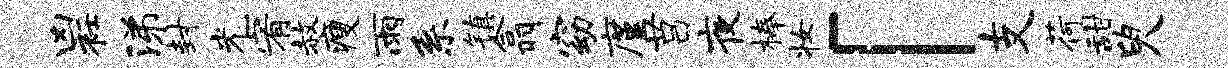
凶衽涕封光宥赦瘦雨系镇翕窈廑莒夜榛妆「支荷甜臾